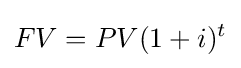
FV=PV(1+i)^{t}